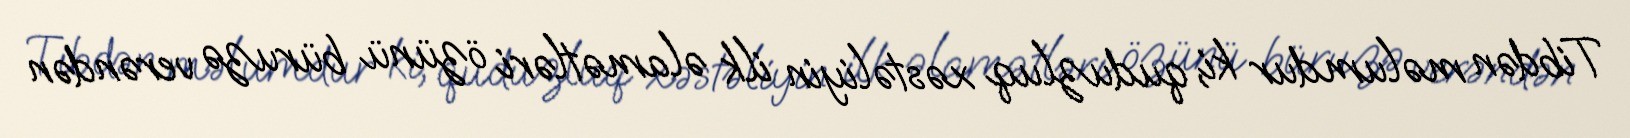
Tibdən məlumdur ki, quduzluq xəstəliyin ilk əlamətləri özünü büruzə verəndən